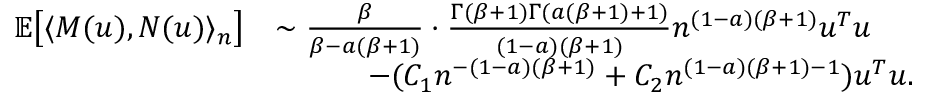
\begin{array} { r l } { \mathbb { E } \big [ \langle M ( u ) , N ( u ) \rangle _ { n } \big ] } & { \sim \frac { \beta } { \beta - a ( \beta + 1 ) } \cdot \frac { \Gamma ( \beta + 1 ) \Gamma ( a ( \beta + 1 ) + 1 ) } { ( 1 - a ) ( \beta + 1 ) } n ^ { ( 1 - a ) ( \beta + 1 ) } u ^ { T } u } \\ & { \quad \quad \quad - ( C _ { 1 } n ^ { - ( 1 - a ) ( \beta + 1 ) } + C _ { 2 } n ^ { ( 1 - a ) ( \beta + 1 ) - 1 } ) u ^ { T } u . } \end{array}